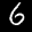
Label: 6